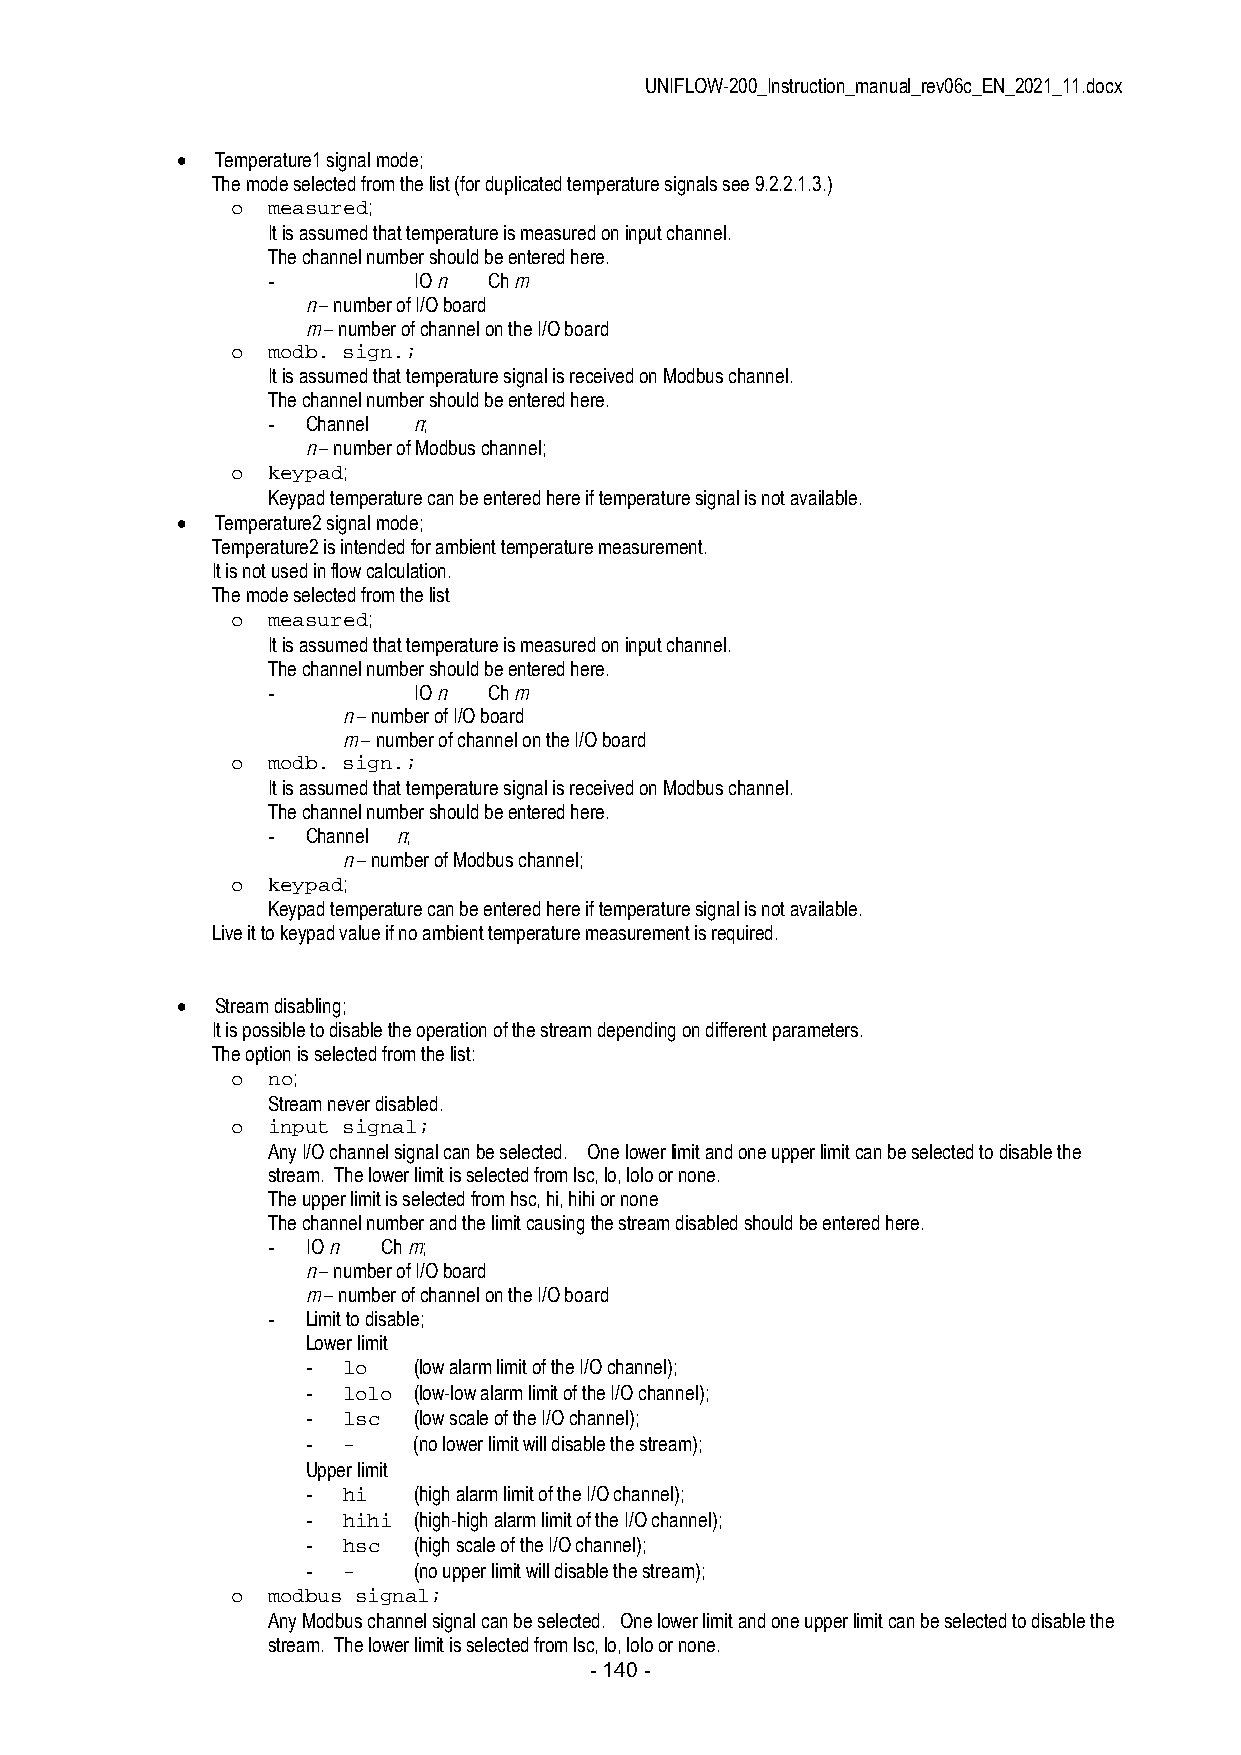
UNIFLOW-200_Instruction_manual_rev06c_EN_2021_11.docx
  Temperature1 signal mode;
 The mode selected from the list (for duplicated temperature signals see 9.2.2.1.3.)
 o  measured;
 It is assumed that temperature is measured on input channel.
 The channel number should be entered here.
 -        IO n Ch m
 n – number of I/O board
 m – number of channel on the I/O board
 o  modb. sign.;
 It is assumed that temperature signal is received on Modbus channel.
 The channel number should be entered here.
 - Channel n;
 n – number of Modbus channel;
 o  keypad;
 Keypad temperature can be entered here if temperature signal is not available.
  Temperature2 signal mode;
 Temperature2 is intended for ambient temperature measurement.
 It is not used in flow calculation.
 The mode selected from the list
 o  measured;
 It is assumed that temperature is measured on input channel.
 The channel number should be entered here.
 -        IO n Ch m
 n – number of I/O board
 m – number of channel on the I/O board
 o  modb. sign.;
 It is assumed that temperature signal is received on Modbus channel.
 The channel number should be entered here.
 - Channel n;
 n – number of Modbus channel;
 o  keypad;
 Keypad temperature can be entered here if temperature signal is not available.
 Live it to keypad value if no ambient temperature measurement is required.
  Stream disabling;
 It is possible to disable the operation of the stream depending on different parameters.
 The option is selected from the list:
 o  no;
 Stream never disabled.
 o  input signal;
 Any I/O channel signal can be selected. One lower limit and one upper limit can be selected to disable the
 stream. The lower limit is selected from lsc, lo, lolo or none.
 The upper limit is selected from hsc, hi, hihi or none
 The channel number and the limit causing the stream disabled should be entered here.
 - IO n Ch m;
 n – number of I/O board
 m – number of channel on the I/O board
 - Limit to disable;
 Lower limit
 -  lo  (low alarm limit of the I/O channel);
 -  lolo (low-low alarm limit of the I/O channel);
 -  lsc (low scale of the I/O channel);
 -  -   (no lower limit will disable the stream);
 Upper limit
 -  hi  (high alarm limit of the I/O channel);
 -  hihi (high-high alarm limit of the I/O channel);
 -  hsc (high scale of the I/O channel);
 -  -   (no upper limit will disable the stream);
 o  modbus signal;
 Any Modbus channel signal can be selected. One lower limit and one upper limit can be selected to disable the
 stream. The lower limit is selected from lsc, lo, lolo or none.
 - 140 -